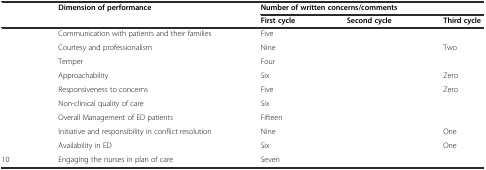
<table><thead><tr><td rowspan="2">[EMPTY_CELL]</td><td rowspan="2"><b>Dimension of performance</b></td><td colspan="3"><b>Number of written concerns/comments</b></td></tr><tr><td><b>First cycle</b></td><td><b>Second cycle</b></td><td><b>Third cycle</b></td></tr></thead><tbody><tr><td>[EMPTY_CELL]</td><td>Communication with patients and their families</td><td>Five</td><td>[EMPTY_CELL]</td><td>[EMPTY_CELL]</td></tr><tr><td>[EMPTY_CELL]</td><td>Courtesy and professionalism</td><td>Nine</td><td>[EMPTY_CELL]</td><td>Two</td></tr><tr><td>[EMPTY_CELL]</td><td>Temper</td><td>Four</td><td>[EMPTY_CELL]</td><td>[EMPTY_CELL]</td></tr><tr><td>[EMPTY_CELL]</td><td>Approachability</td><td>Six</td><td>[EMPTY_CELL]</td><td>Zero</td></tr><tr><td>[EMPTY_CELL]</td><td>Responsiveness to concerns</td><td>Five</td><td>[EMPTY_CELL]</td><td>Zero</td></tr><tr><td>[EMPTY_CELL]</td><td>Non-clinical quality of care</td><td>Six</td><td>[EMPTY_CELL]</td><td>[EMPTY_CELL]</td></tr><tr><td>[EMPTY_CELL]</td><td>Overall Management of ED patients</td><td>Fifteen</td><td>[EMPTY_CELL]</td><td>[EMPTY_CELL]</td></tr><tr><td>[EMPTY_CELL]</td><td>Initiative and responsibility in conflict resolution</td><td>Nine</td><td>[EMPTY_CELL]</td><td>One</td></tr><tr><td>[EMPTY_CELL]</td><td>Availability in ED</td><td>Six</td><td>[EMPTY_CELL]</td><td>One</td></tr><tr><td>10</td><td>Engaging the nurses in plan of care</td><td>Seven</td><td>[EMPTY_CELL]</td><td>[EMPTY_CELL]</td></tr></tbody></table>